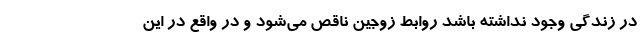
در زندگی وجود نداشته باشد روابط زوجین ناقص می‌شود و در واقع در این